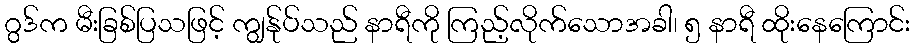
ဂွဒ်က မီးခြစ်ပြသဖြင့် ကျွန်ုပ်သည် နာရီကို ကြည့်လိုက်သောအခါ၊ ၅ နာရီ ထိုးနေကြောင်း